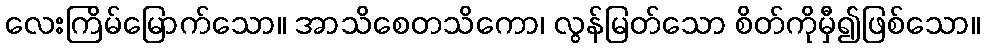
လေးကြိမ်မြောက်သော။ အာသိစေတသိကော၊ လွန်မြတ်သော စိတ်ကိုမှီ၍ဖြစ်သော။